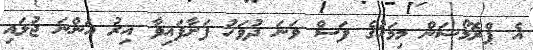
އެ ޕްރޮމޯޝަން މިމަހުގެ ފަސް ވަނަ ދުވަހު ފަށާފައިވާ އިރު އަންނަ ޖުލައި